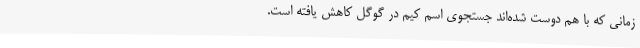
زمانی که با هم دوست شده‌اند جستجوی اسم کیم در گوگل کاهش یافته است.